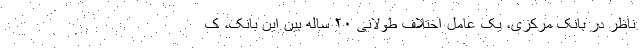
ناظر در بانک مرکزی، یک عامل اختلاف طولانی ۲۰ ساله بین این بانک، ک